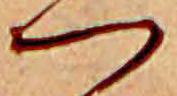
つ